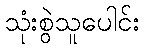
သုံးစွဲသူပေါင်း